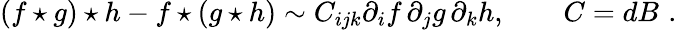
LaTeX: (f\star g)\star h-f\star(g\star h)\sim C_{ijk}\partial_{i}f\, \partial_{j}g\, \partial_{k}h,\qquad C=dB\, \, .